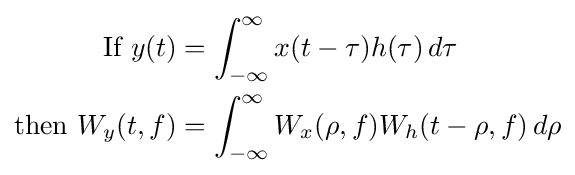
{\begin{aligned}{\text{If }}y(t)&=\int _{-\infty }^{\infty }x(t-\tau )h(\tau )\,d\tau \\{\text{then }}W_{y}(t,f)&=\int _{-\infty }^{\infty }W_{x}(\rho ,f)W_{h}(t-\rho ,f)\,d\rho \end{aligned}}